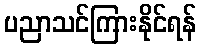
ပညာသင်ကြားနိုင်ရန်